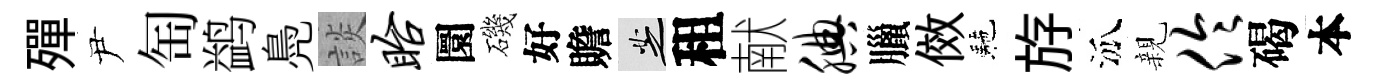
殫尹匋鹢鳧談眙圜磯好贍芝租献腆臘傚駰斿泒親伶碣本